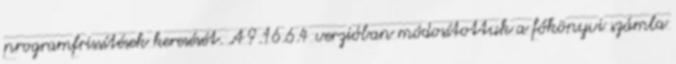
programfrissítések keresését. A 9.16.6.4 verzióban módosítottuk a főkönyvi számla